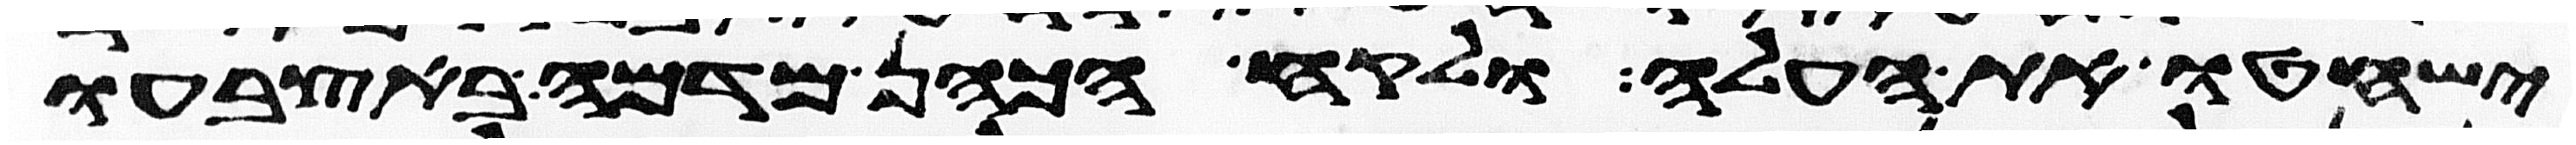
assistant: ישחטו את העלה ולקח הכהן מדמה באצבעו